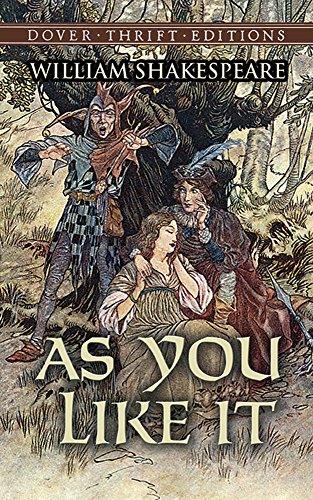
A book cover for As You Like It (Dover Thrift Editions); William Shakespeare; Literature & Fiction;